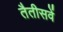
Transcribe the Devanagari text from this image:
तैतीसवें